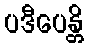
ပဒီပေန္တိ